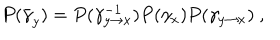
P ( \bar { \gamma } _ { y } ) = P ( \gamma _ { y \rightarrow x } ^ { - 1 } ) P ( \gamma _ { x } ) P ( \gamma _ { y \rightarrow x } ) ~ ,